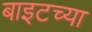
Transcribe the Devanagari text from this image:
बाइटच्या